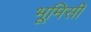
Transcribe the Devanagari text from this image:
भूमिसी